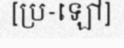
[ប្រ-ឡៅ]